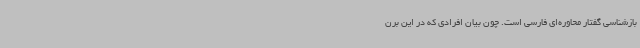
بازشناسی گفتار محاوره‌ای فارسی است. چون بیان افرادی که در این برن